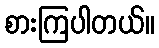
စားကြပါတယ်။